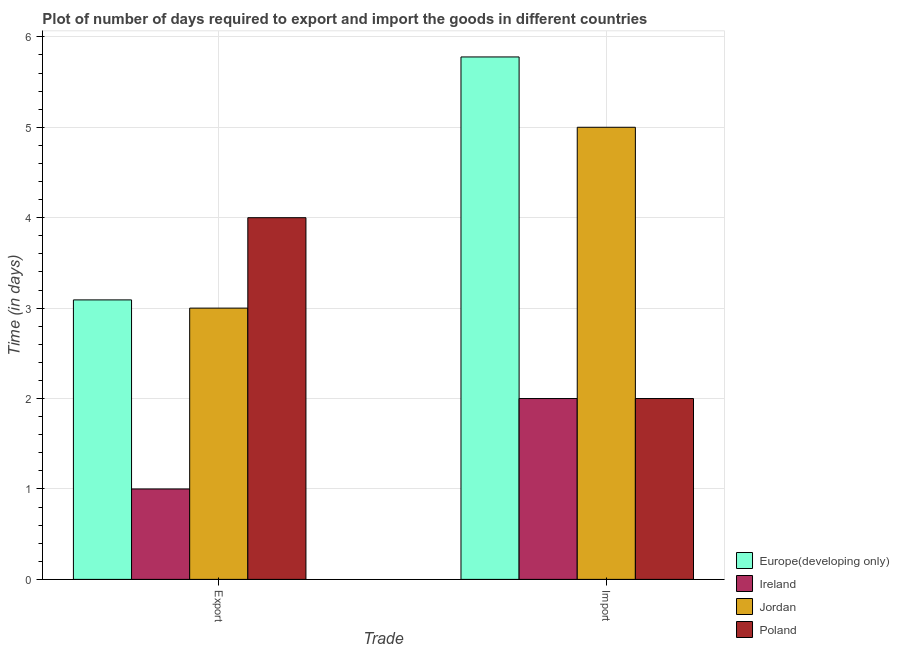
| Trade | Europe(developing only) | Ireland | Jordan | Poland |
 | --- | --- | --- | --- | --- |
 | Export | 3.09 | 1 | 3 | 4 |
 | Import | 5.78 | 2 | 5 | 2 |